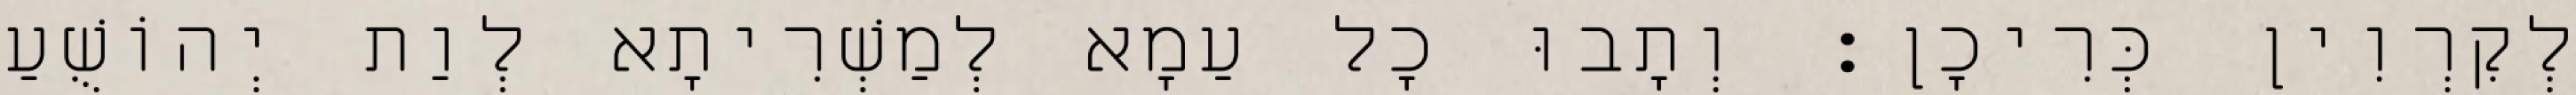
לְקִרְוִין כְּרִיכָן׃ וְתָבוּ כָל עַמָא לְמַשְׁרִיתָא לְוַת יְהוֹשֻׁעַ